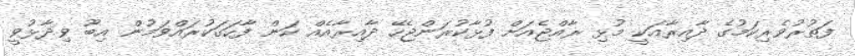
ފަތުރުވެެރިކަމުގެ ދާއިރާއަކީ މުޅި ރާއްޖެއަށް ފުޅާކުރަންޖެހޭ ދާއިރާއެއް ކަން ފާހަގަކުރައްވަމުން އިބޫ ވިދާޅުވީ